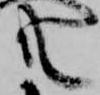
共